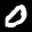
Label: 0